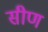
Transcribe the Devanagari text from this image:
सीण